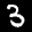
Label: 3